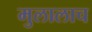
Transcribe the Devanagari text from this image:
मुलालाच